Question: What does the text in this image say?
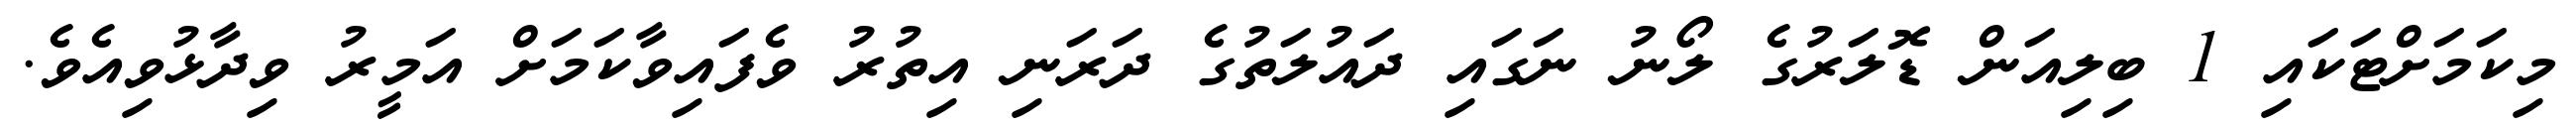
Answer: މިކަމަށްޓަކައި 1 ބިލިއަން ޑޮލަރުގެ ލޯނު ނަގައި ދައުލަތުގެ ދަރަނި އިތުރު ވެފައިވާކަމަށް އަމީރު ވިދާޅުވިއެވެ.